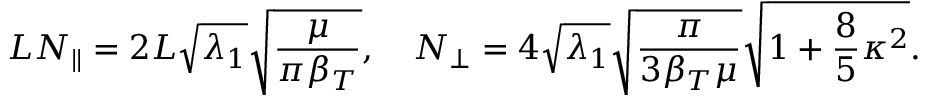
L { \cal N } _ { \parallel } = 2 L \sqrt { \lambda _ { 1 } } \sqrt { \frac { \mu } { \pi \beta _ { T } } } , \quad { \cal N } _ { \perp } = 4 \sqrt { \lambda _ { 1 } } \sqrt { \frac { \pi } { 3 \beta _ { T } \mu } } \sqrt { 1 + \frac 8 5 \kappa ^ { 2 } } .